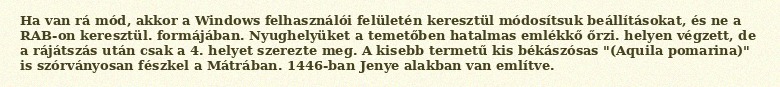
Ha van rá mód, akkor a Windows felhasználói felületén keresztül módosítsuk beállításokat, és ne a RAB-on keresztül. formájában. Nyughelyüket a temetőben hatalmas emlékkő őrzi. helyen végzett, de a rájátszás után csak a 4. helyet szerezte meg. A kisebb termetű kis békászósas "(Aquila pomarina)" is szórványosan fészkel a Mátrában. 1446-ban Jenye alakban van említve.